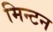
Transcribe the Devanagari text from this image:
मिन्टन